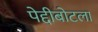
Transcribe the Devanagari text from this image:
पेद्दीबोटला